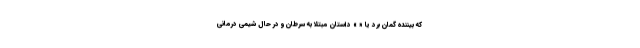
که بیننده گمان برد یا « » داستان مبتلا به سرطان و در حال شیمی درمانی